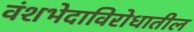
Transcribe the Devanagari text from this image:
वंशभेदाविरोधातील